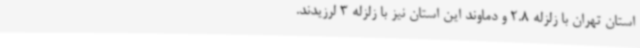
استان تهران با زلزله 2.8 و دماوند این استان نیز با زلزله 3 لرزیدند.